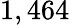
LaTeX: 1,464